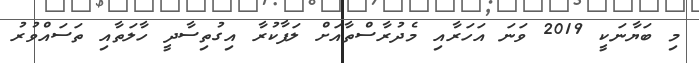
މި ބަޔާނަކީ 2019 ވަނަ އަހަރާއި މެދުރާސްތާއަށް ލަފާކުރާ އިގުތިސާދީ ހާލަތާއި ތަސައްވުރު